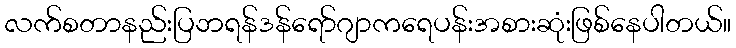
လက်စတာနည်းပြဘရန်ဒန်ရော်ဂျာကရေပန်းအစားဆုံးဖြစ်နေပါတယ်။